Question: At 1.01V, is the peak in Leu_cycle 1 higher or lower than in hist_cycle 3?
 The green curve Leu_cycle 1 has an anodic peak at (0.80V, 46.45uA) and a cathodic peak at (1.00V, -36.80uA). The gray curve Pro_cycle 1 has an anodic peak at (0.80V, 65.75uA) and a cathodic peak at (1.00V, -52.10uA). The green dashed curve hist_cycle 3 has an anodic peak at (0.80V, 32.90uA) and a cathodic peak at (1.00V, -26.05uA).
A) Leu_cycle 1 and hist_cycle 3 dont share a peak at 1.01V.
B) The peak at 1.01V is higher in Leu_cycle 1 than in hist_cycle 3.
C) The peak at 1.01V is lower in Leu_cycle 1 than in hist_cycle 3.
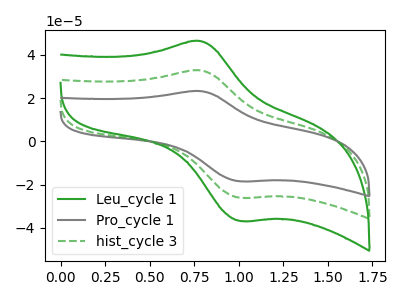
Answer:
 <answer>B) The peak at 1.01V is higher in "Leu_cycle 1" than in "hist_cycle 3".</answer>
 <eval>B</eval>